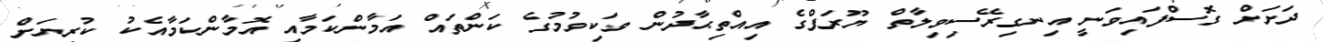
ދަށަށް ގޮސްފައިވަނީ އިނގިރޭސިވިލާތް ޔޫރަޕްގެ އިއްތިޙާދުން ވަކިވުމުގެ ކަންތައް އަމާންކަމާއި އޮމާންކަމާއެކު ކުރިޔަށް